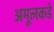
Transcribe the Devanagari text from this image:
अमूलकडे